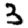
Digit: 3